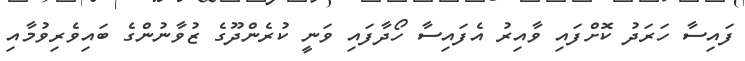
ފައިސާ ހަރަދު ކޮށްފައި ވާއިރު އެފައިސާ ހޯދާފައި ވަނީ ކުރެންދޫގެ ޒުވާނުންގެ ބައިވެރިވުމާއި